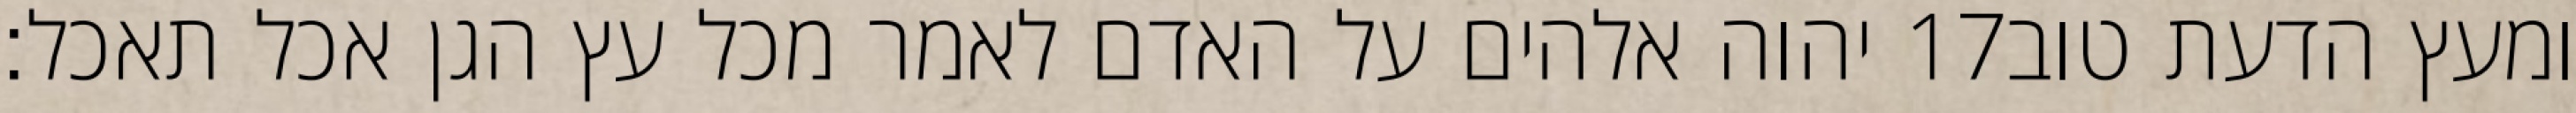
יהוה אלהים על האדם לאמר מכל עץ הגן אכל תאכל׃ ‎17‏ ומעץ הדעת טוב